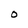
Character: O